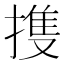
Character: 㨦